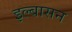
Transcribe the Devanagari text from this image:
इल्बासन